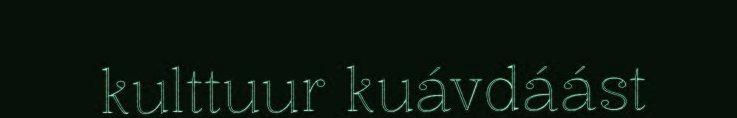
kulttuur kuávdáást